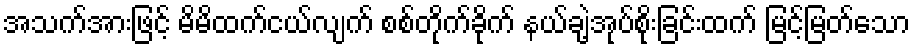
အသက်အားဖြင့် မိမိထက်ငယ်လျက် စစ်တိုက်ခိုက် နယ်ချဲ့အုပ်စိုးခြင်းထက် မြင့်မြတ်သော